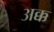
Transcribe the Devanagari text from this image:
अक्क